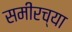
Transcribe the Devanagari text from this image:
समीरच्या